On a parasite found in persons suffering from enlargement of the spleen in India, second report - Number 11
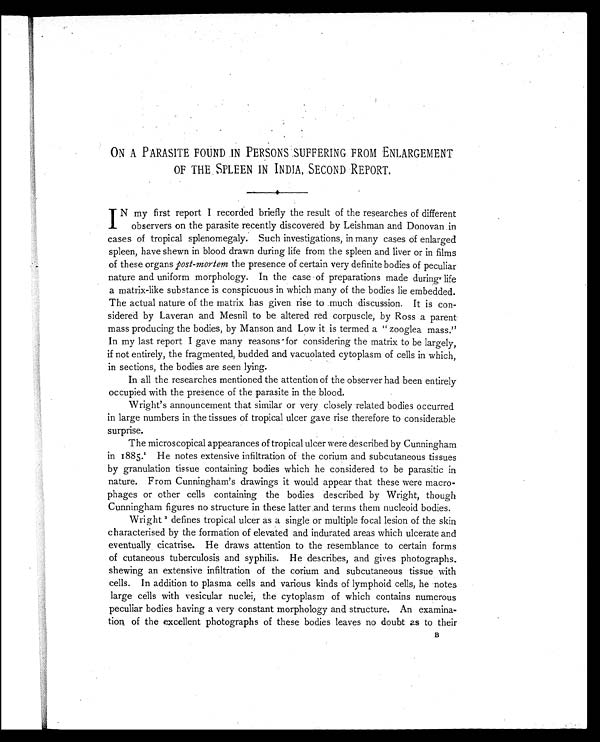
ON A PARASITE FOUND IN PERSONS SUFFERING FROM ENLARGEMENT
OF THE SPLEEN IN INDIA, SECOND REPORT.
IN my first report I recorded briefly the result of the researches of different
observers on the parasite recently discovered by Leishman and Donovan in
cases of tropical splenomegaly. Such investigations, in many cases of enlarged
spleen, have shewn in blood drawn during life from the spleen and liver or in films
of these organs post-mortem the presence of certain very definite bodies of peculiar
nature and uniform morphology. In the case of preparations made during life
a matrix-like substance is conspicuous in which many of the bodies lie embedded.
The actual nature of the matrix has given rise to much discussion. It is con-
sidered by Laveran and Mesnil to be altered red corpuscle, by Ross a parent
mass producing the bodies, by Manson and Low it is termed a " zooglea mass."
In my last report I gave many reasons for considering the matrix to be largely,
if not entirely, the fragmented, budded and vacuolated cytoplasm of cells in which,
in sections, the bodies are seen lying.
In all the researches mentioned the attention of the observer had been entirely
occupied with the presence of the parasite in the blood.
Wright's announcement that similar or very closely related bodies occurred
in large numbers in the tissues of tropical ulcer gave rise therefore to considerable
surprise.
The microscopical appearances of tropical ulcer were described by Cunningham
in 1885.1 He notes extensive infiltration of the corium and subcutaneous tissues
by granulation tissue containing bodies which he considered to be parasitic in
nature. From Cunningham's drawings it would appear that these were macro-
phages or other cells containing the bodies described by Wright, though
Cunningham figures no structure in these latter and terms them nucleoid bodies.
Wright 2 defines tropical ulcer as a single or multiple focal lesion of the skin
characterised by the formation of elevated and indurated areas which ulcerate and
eventually cicatrise. He draws attention to the resemblance to certain forms
of cutaneous tuberculosis and syphilis. He describes, and gives photographs.
shewing an extensive infiltration of the corium and subcutaneous tissue with
cells. In addition to plasma cells and various kinds of lymphoid cells, he notes
large cells with vesicular nuclei, the cytoplasm of which contains numerous
peculiar bodies having a very constant morphology and structure. An examina-
tion of the excellent photographs of these bodies leaves no doubt as to their
B